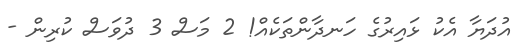
އުދަޔާ އެކު ޅައިރުގެ ހަނދާންތަކެއް! 2 މަސް 3 ދުވަސް ކުރިން -